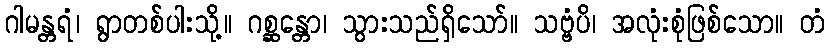
ဂါမန္တရံ၊ ရွာတစ်ပါးသို့။ ဂစ္ဆန္တော၊ သွားသည်ရှိသော်။ သဗ္ဗံပိ၊ အလုံးစုံဖြစ်သော။ တံ